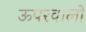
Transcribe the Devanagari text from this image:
ऊपरवालों